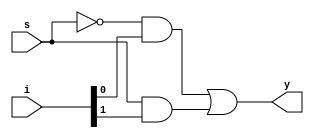
module _2x1_multiplexer(y, i, s);
	
	input [1:0] i; // input line
	input s; // select line
	output y;

	assign y = (~s&i[0]) | (s&i[1]);

endmodule